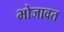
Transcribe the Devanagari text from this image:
भोजावत